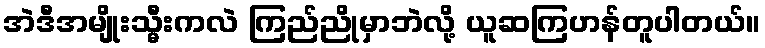
အဲဒီအမျိုးသ္မီးကလဲ ကြည်ညိုမှာဘဲလို့ ယူဆကြဟန်တူပါတယ်။